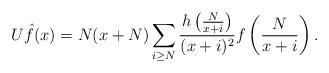
LaTeX: \begin{align*} U \hat{f}(x) = N(x+N)\sum_{i \geq N}\frac{h\left(\frac{N}{x+i}\right)}{(x+i)^2}f\left(\frac{N}{x+i}\right).\end{align*}